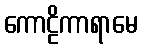
ကောဠိကာရာမေ